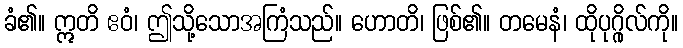
ခံ၏။ ဣတိ ဧဝံ၊ ဤသို့သောအကြံသည်။ ဟောတိ၊ ဖြစ်၏။ တမေနံ၊ ထိုပုဂ္ဂိုလ်ကို။